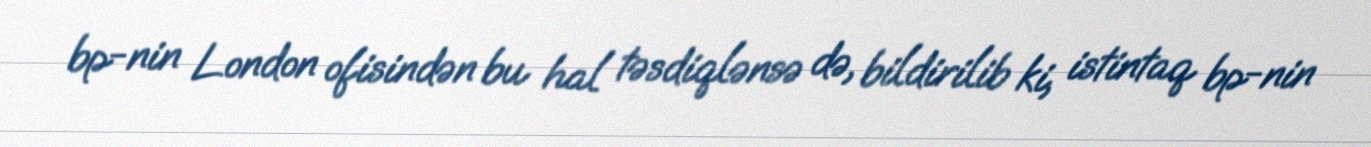
bp-nin London ofisindən bu hal təsdiqlənsə də, bildirilib ki, istintaq bp-nin